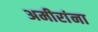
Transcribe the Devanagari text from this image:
अमीरांना